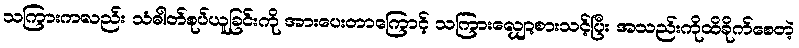
သကြားကလည်း သံဓါတ်စုပ်ယူခြင်းကို အားပေးတာကြောင့် သကြားလျှော့စားသင့်ပြီး အသည်းကိုထိခိုက်စေတဲ့